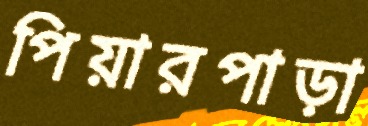
পিয়ারপাড়া